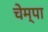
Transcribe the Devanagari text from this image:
चेम्पा